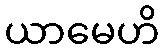
ယာမေဟိ